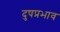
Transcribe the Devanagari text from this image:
दुषप्रभाव